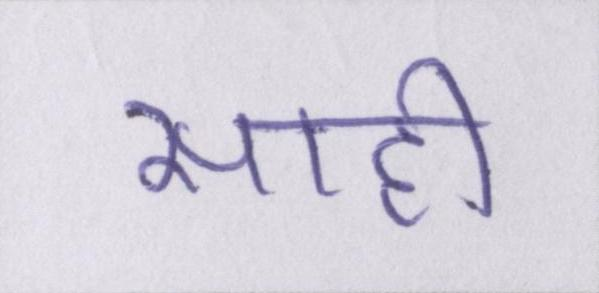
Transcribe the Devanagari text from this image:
साही